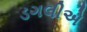
ડગલીએ